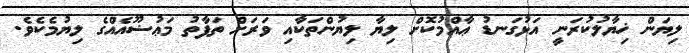
ލިޔަން ޚިޔާލުކުރަނީ އަޅުގަނޑު ޢާއްމުކޮށް ލިޔާ ލިޔުންތަކާއި ވަރަށް ތަފާތު މަޢުޟޫއެއްގެ ލިޔުމެކެވެ.